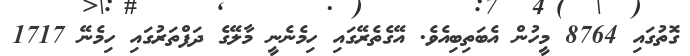
ގޮތުގައި 8764 މީހުން އެބަތިބިއެވެ. އޭގެތެރޭގައި ހިމެނެނީ މާލޭގެ ދަފްތަރުގައި ހިމެނޭ 1717